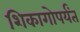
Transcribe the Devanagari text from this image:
शिकागोपर्यंत